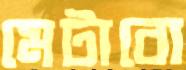
মেটাবো